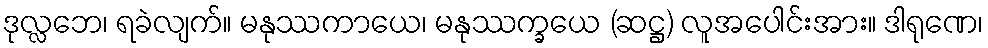
ဒုလ္လဘေ၊ ရခဲလျက်။ မနုဿကာယေ၊ မနုဿက္ခယေ (ဆဋ္ဌ) လူအပေါင်းအား။ ဒါရုဏေ၊